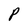
Character: P